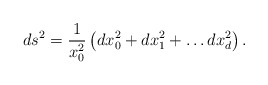
\begin{align*}ds^2 = \frac{1}{x_0^2}\left( dx_0^2 + dx_1^2 +\ldots dx_d^2 \right).\end{align*}